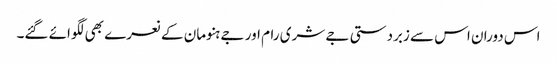
اس دوران اس سے زبردستی جے شری رام اور جے ہنومان کے نعرے بھی لگوائے گئے۔